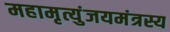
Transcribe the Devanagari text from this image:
महामृत्युंजयमंत्रस्य